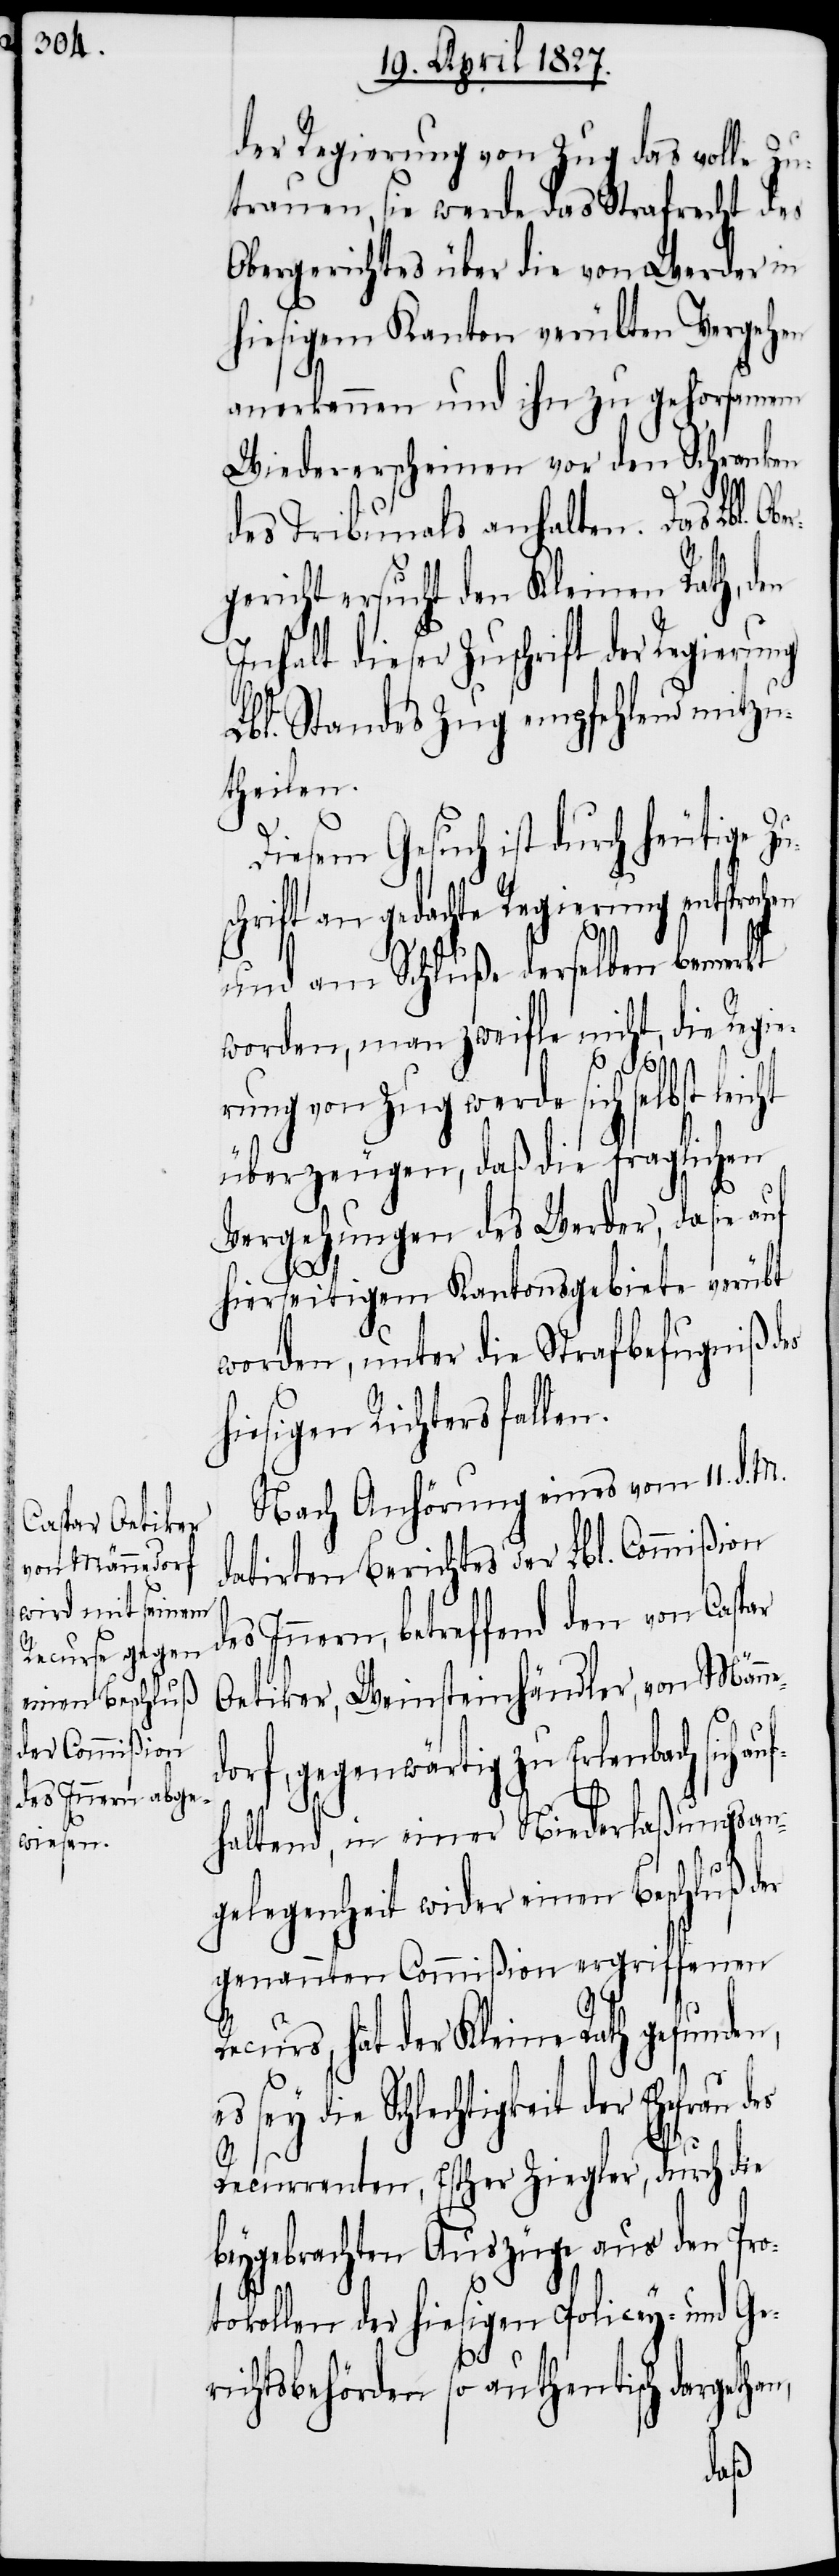
der Regierung von Zug das volle Zu¬
trauen, sie werde das Strafrecht des
Obergerichtes über die von Werder in
hiesigem Kanton verübten Vergehen
anerkennen und ihn zu gehorsamem
Wiedererscheinen vor den Schranken
ht
des Tribunals anhalten. Das Lbl.
gericht ersucht den Kleinen Rath, den
Inhalt dieser Zuschrift der Regierung
Lbl. Standes Zug empfehlend mitzu¬
theilen.
Diesem Gesuch ist durch heutige Z¬
chrift an gedachte Regierung entsprochen
und am Schluße derselben bemerkt
worden, man zweifle nicht, die Regie¬
rung von Zug werde sich selbst leic¬
überzeugen, daß die fraglichen
Vergehungen des Werder, da sie auf
hierseitigem Kantonsgebiete verübt
worden, unter die Strafbefugniß des
hiesigen Richters fallen.
Nach Anhörung eines vom 11. d. M.
datirten Berichtes der Lbl. Commißion
des Innern, betreffend den von Caspar
Oetiker, Weinsteinhändler, von Männ¬
orf, gegenwärtig zu Erlenbach sich
auf¬
haltend, in einer Niederlaßungsan¬
gelegenheit wider einen Beschluß der
genannten Commißion ergriffenen
Recurs, hat der Kleine Rath gefunden,
die Schlechtigkeit der Ehefrau
Recurrenten, Esther Ziegler, durch die
beygebrachten Auszüge aus den Pro¬
tokollen der hiesigen Policey- und Ge¬
an,
richtsbehörden so authentisch dargeth¬
des